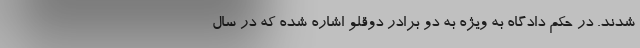
شدند. در حکم دادگاه به ویژه به دو برادر دوقلو اشاره شده که در سال